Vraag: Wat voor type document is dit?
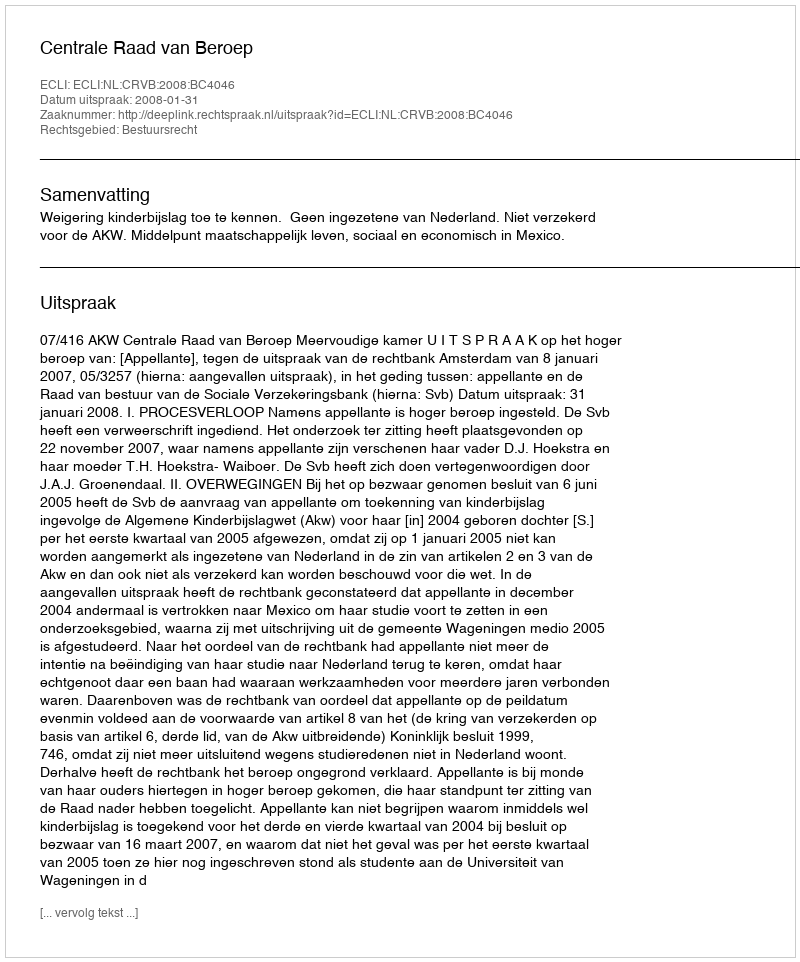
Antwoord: Uitspraak